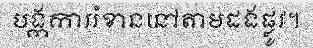
បង្កការរំខាននៅតាមដងផ្លូវ។